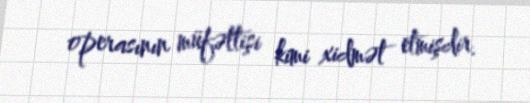
operasının müfəttişi kimi xidmət etmişdir.